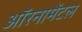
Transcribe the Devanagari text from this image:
ऑरनामेंटल